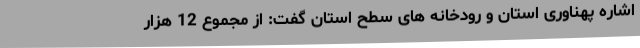
اشاره پهناوری استان و رودخانه های سطح استان گفت: از مجموع 12 هزار